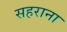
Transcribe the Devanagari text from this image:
सहराना